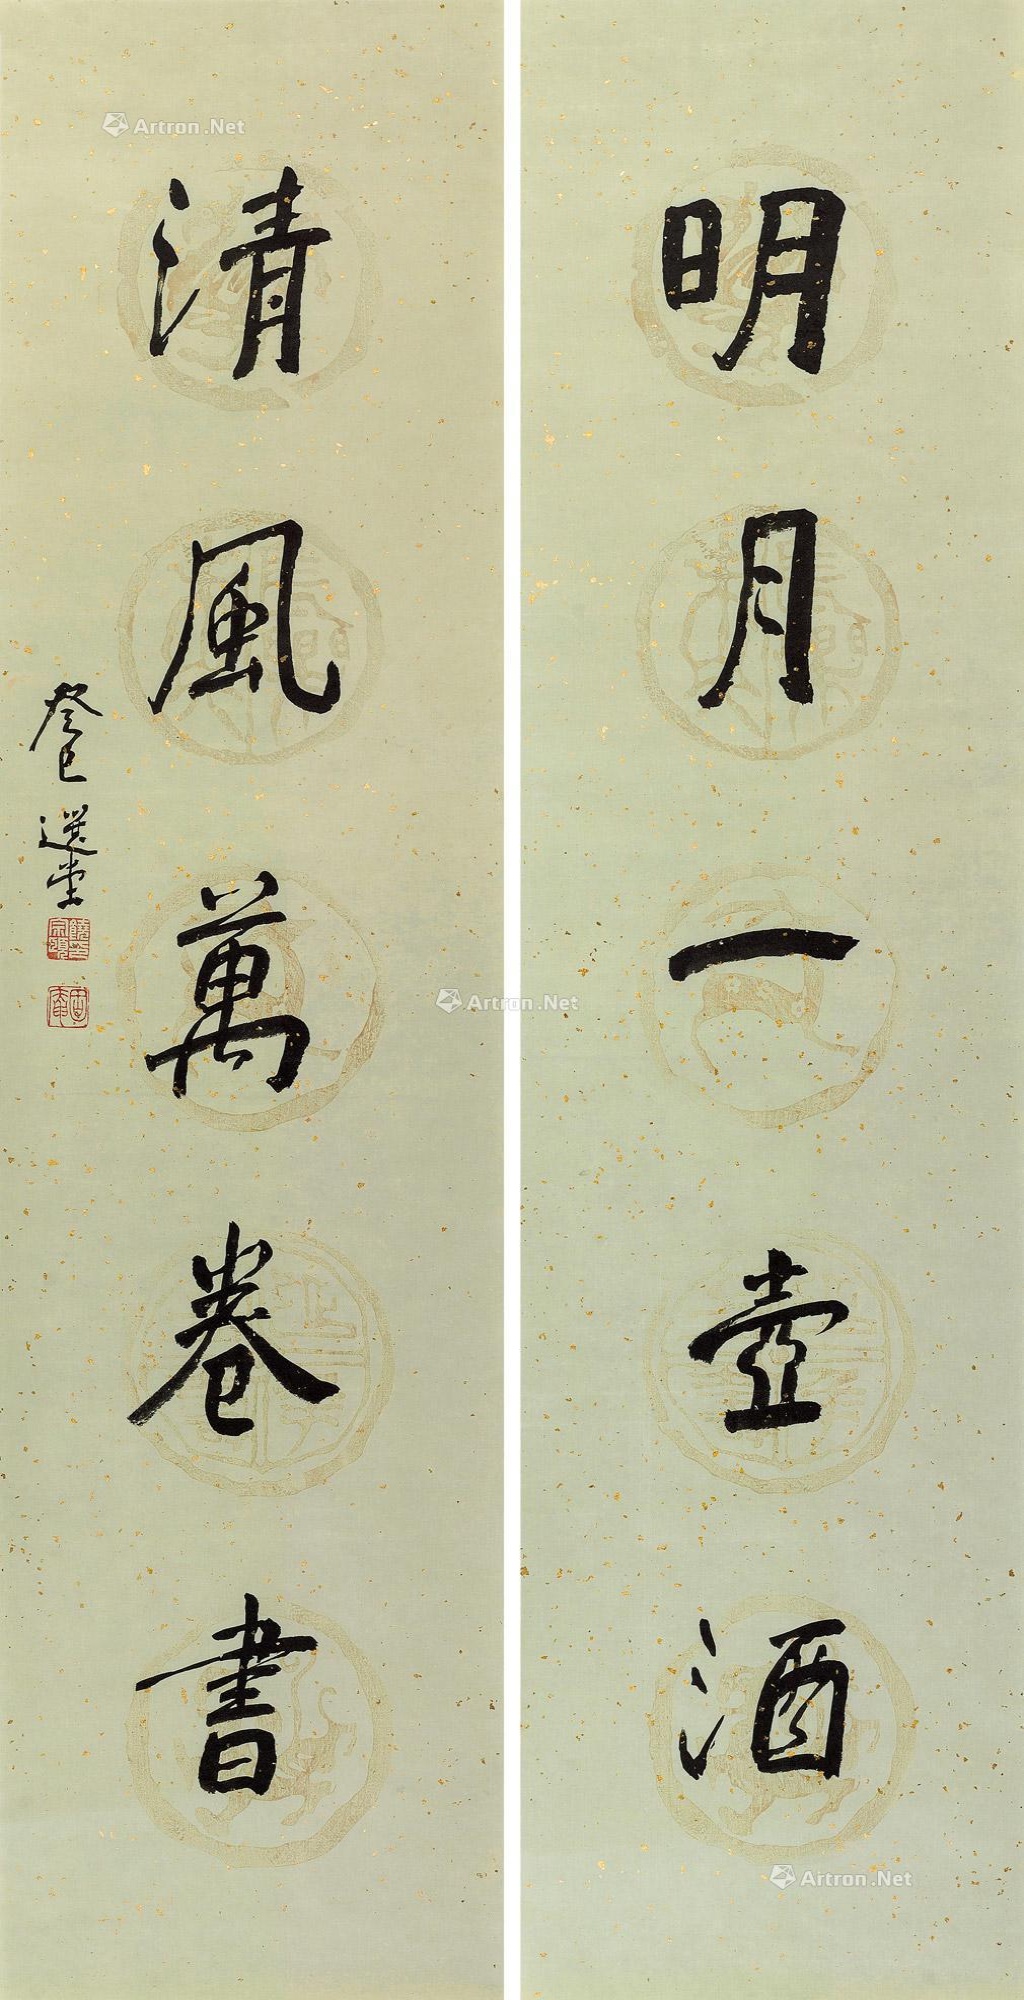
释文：明月一壶酒，清风万卷书。癸巳选堂